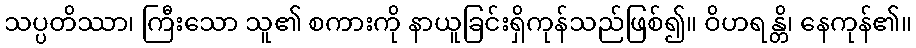
သပ္ပတိဿာ၊ ကြီးသော သူ၏ စကားကို နာယူခြင်းရှိကုန်သည်ဖြစ်၍။ ဝိဟရန္တိ၊ နေကုန်၏။